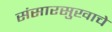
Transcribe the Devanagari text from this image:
संसारसुखाचे